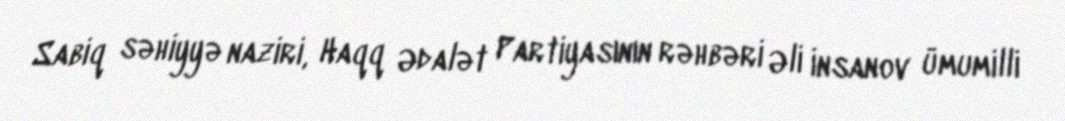
Sabiq səhiyyə naziri, Haqq Ədalət Partiyasının rəhbəri Əli İnsanov ümumilli